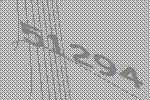
51294